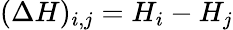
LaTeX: (\Delta H)_{i,j}=H_{i}-H_{j}